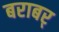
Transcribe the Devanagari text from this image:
बराबर्